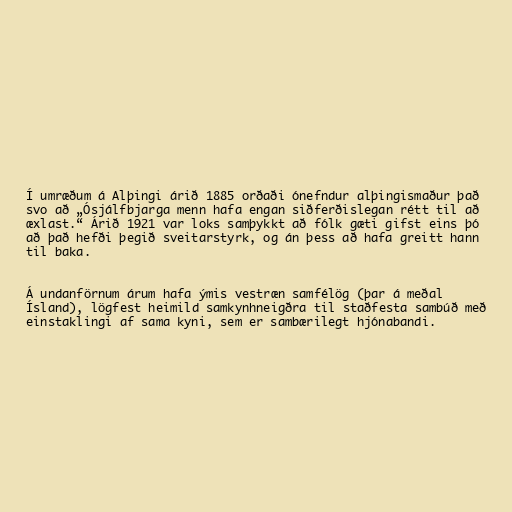
Í umræðum á Alþingi árið 1885 orðaði ónefndur alþingismaður það
svo að „Ósjálfbjarga menn hafa engan siðferðislegan rétt til að
æxlast.“ Árið 1921 var loks samþykkt að fólk gæti gifst eins þó
að það hefði þegið sveitarstyrk, og án þess að hafa greitt hann
til baka.

Á undanförnum árum hafa ýmis vestræn samfélög (þar á meðal
Ísland), lögfest heimild samkynhneigðra til staðfesta sambúð með
einstaklingi af sama kyni, sem er sambærilegt hjónabandi.